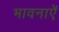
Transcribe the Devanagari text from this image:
भावनाऐं